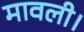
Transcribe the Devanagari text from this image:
मावली।